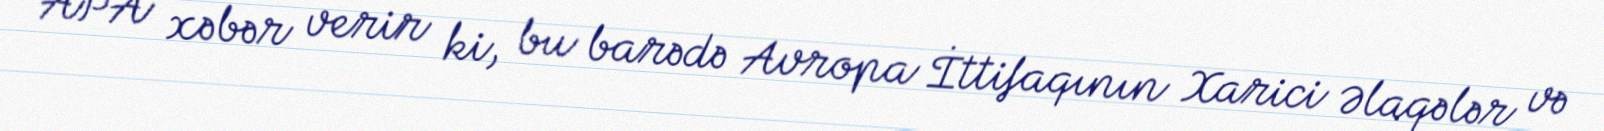
APA xəbər verir ki, bu barədə Avropa İttifaqının Xarici Əlaqələr və